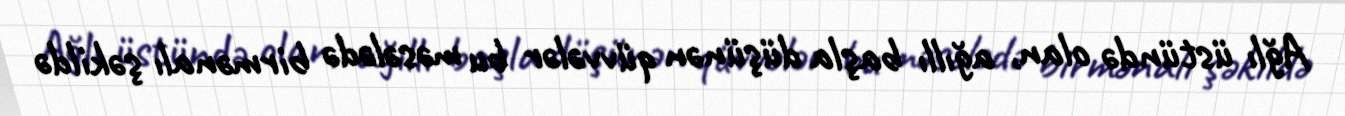
Ağlı üstündə olan, ağıllı başla düşünən qüvvələr bu məsələdə birmənalı şəkildə